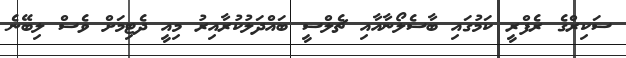
ސަކިރްގެ ރެފްރީ ކަމުގައި ބާސެލޯނާއާއި ޗެލްސީ ބައްދަލުކުރާއިރު މިއީ ދެޓިމަށް ވެސް ލިބޭނެ